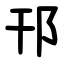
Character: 邗